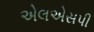
એલએસપી